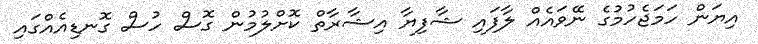
އިޔަން ހަމަޖެހުމުގެ ނޭވައެއް ލާފައި ޝާފިޔާ އިޝާރާތް ކޮށްލުމުން ގޮސް ހުސް ގޮނޑިއެއްގައި